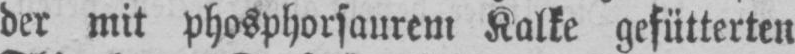
der mit phosphorsaurem Kalke gefütterten